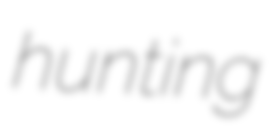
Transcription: hunting